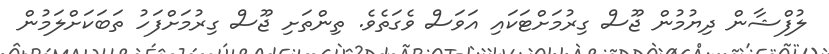
ލުފްޝާން ދިޔުމުން ޖޫސް ގިރުމަށްޓަކައި އަވަސް ވެގަތެވެ. ތިންތަށި ޖޫސް ގިރުމަށްފަހު ތަަބަކަށްލަމުން